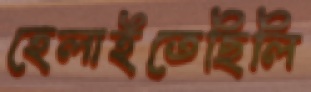
হেলাইতেছিলি